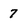
Character: 7